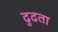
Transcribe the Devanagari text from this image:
ढुढता